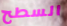
السطح